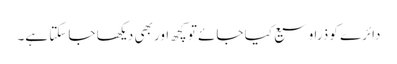
دائرے کو ذرا وسیع کیا جائے تو کچھ اور بھی دیکھا جا سکتا ہے۔